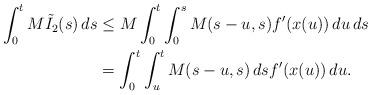
LaTeX: \begin{align*}\int_0^t M\tilde{I}_2(s)\,ds &\leq M\int_0^t \int_{0}^s M(s-u,s)f'(x(u))\,du \,ds \\&= \int_0^t \int_u^t M(s-u,s)\,ds f'(x(u))\,du.\end{align*}